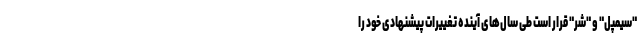
"سیمپل" و "شُر" قرار است طی سال‌های آینده تغییرات پیشنهادی خود را